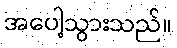
အပေါ့သွားသည်။